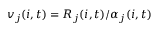
v _ { j } ( i , t ) = R _ { j } ( i , t ) / \alpha _ { j } ( i , t )